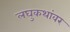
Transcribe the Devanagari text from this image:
लघुकथांवर